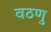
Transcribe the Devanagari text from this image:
वठणु